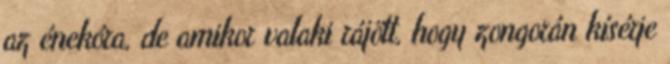
az énekóra, de amikor valaki rájött, hogy zongorán kísérje